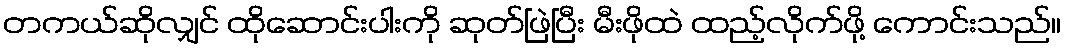
တကယ်ဆိုလျှင် ထိုဆောင်းပါးကို ဆုတ်ဖြဲပြီး မီးဖိုထဲ ထည့်လိုက်ဖို့ ကောင်းသည်။